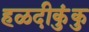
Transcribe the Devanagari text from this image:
हळदीकुंकु